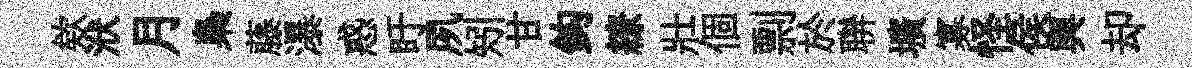
欸洑月梟藤瀑惑盱夙矧甘鈎繚壯個剽於聨壙寡怪侯輿却